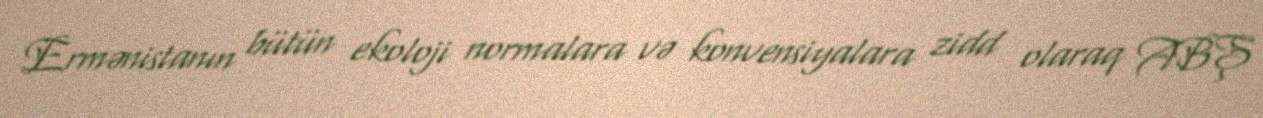
Ermənistanın bütün ekoloji normalara və konvensiyalara zidd olaraq ABŞ